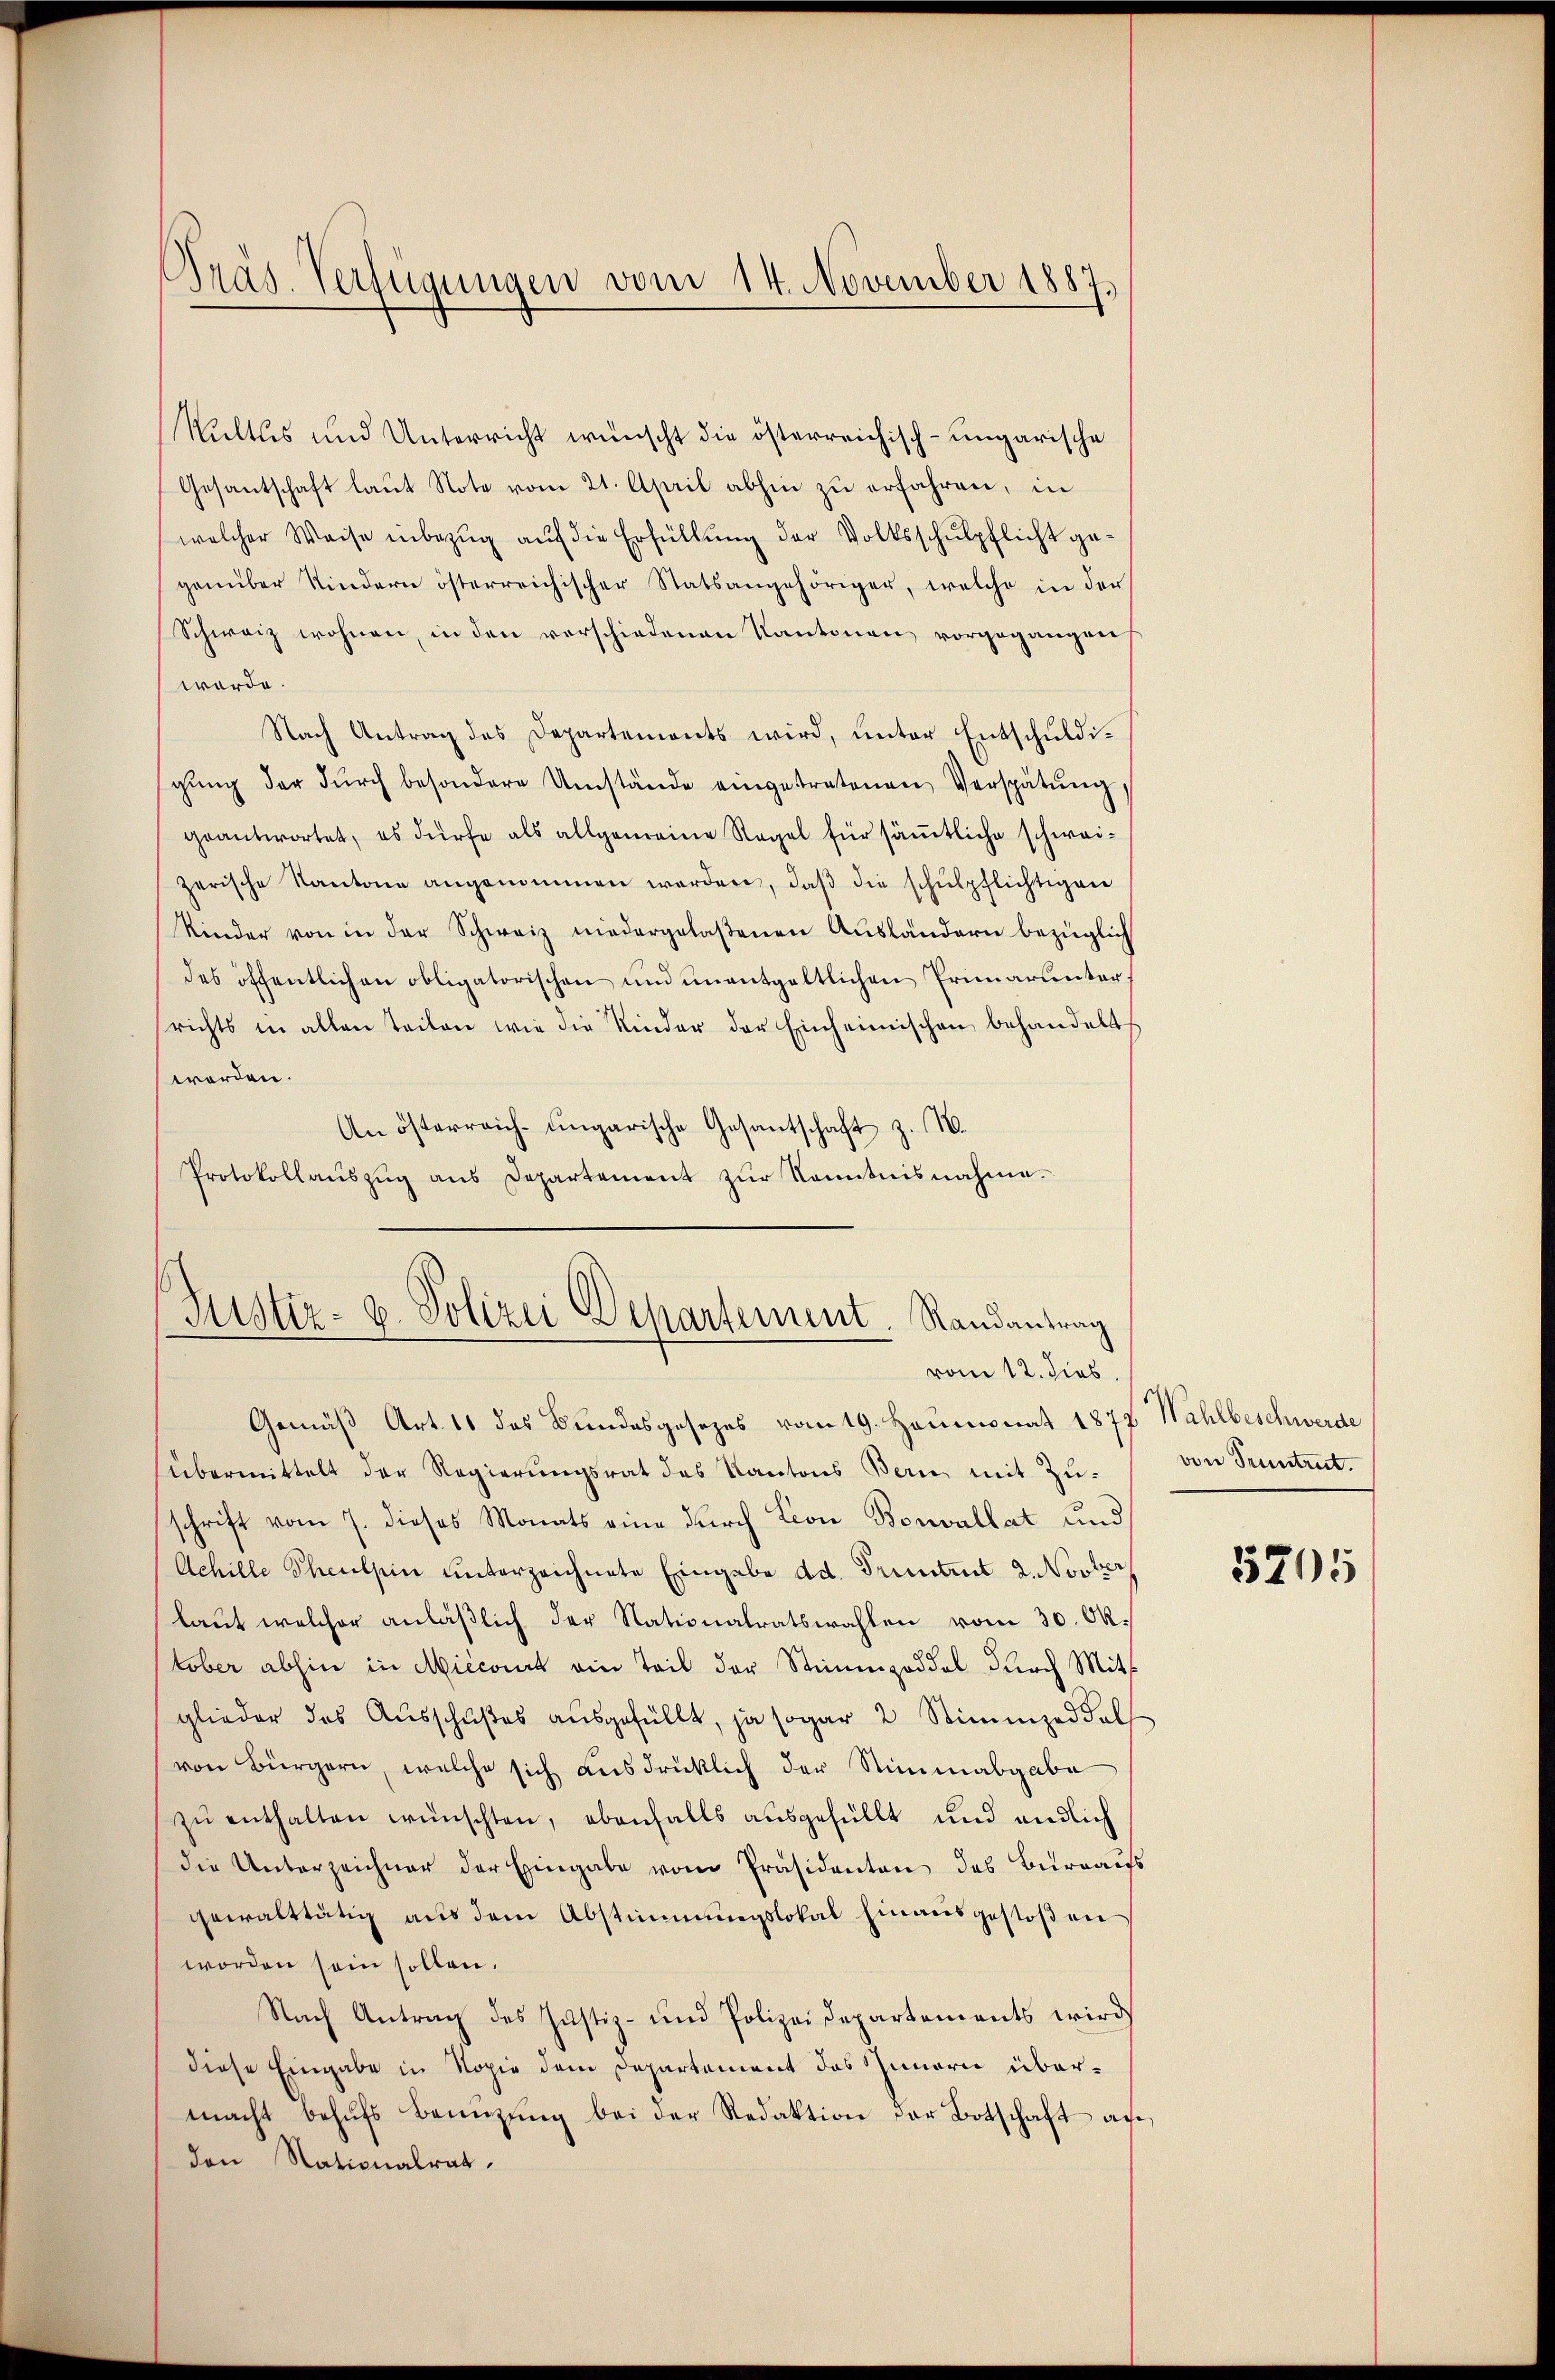
Gras. Verfügungen vom 14. November 1887,

Kultus und Unterricht wünscht die österreichisch-ungarische
Gesantschaft laut Note vom 21. April abhin zu erfahren, in
welcher Weise inbezug auf die Erfüllung der Volksschulpflicht gegenüber Kindern österreichischer Statsangehöriger, welche in der
Schweiz wohnen, in den verschiedenen Kantonen vorgegangen
werde.
Nach Antrag des Departements wird, unter Entschuldigŭng der dŭrch besondere Umstände eingetretenen Verspätŭng,
geantwortet, es dürfe als allgemeine Regel für sämtliche schweizerische Kantone angenommen werden, daβ die schŭlpflichtigen
Kinder von in der Schweiz niedergelaßenen Aŭsländern bezüglich
des öffentlichen obligatorischen und unentgeltlichen Primarunter
richts in allen Teilen wie die Kinder der Einheimischen behandelt,
worden.
An österreich-ungarische Gesantschaft z. B.
Protokollaŭszŭg ans Departement zŭr Kenntnisnahme.

Justiz- u. Polizei Departement. Randantrag
vom 12. dies

Gemäß Art. 11 das Bundesgesezes vom 19. Heumonat 1877 Wahlbeschwerde
übermittelt der Regierŭngsrat des Kantons Bern mit Zu-
schrift vom 7. dieses Monats eine durch Lion Bonvallat und
Achille Scheulpin unterzeichnete Eingabe ad. Trintuit 2. Novbr
laut welcher anläßlich der Nationalratswahlen vom 30. Oktober abhin in Miccourt ein Teil der Stimmzeddel durch Mitglieder das Ausschußes ausgefüllt, ja sogar 2 Stimmzeddel
von Bürgern, welche sich ausdrücklich der Stimmabgabe
zŭ enthalten wünschten, ebenfalls aŭsgefüllt und endlich
die Unterzeichner der Eingabe vom Präsidenten des Bureauss
gewalttätig aus dem Abstimmungslokal hinausgestoßen
worden sein sollen.
Nach Antrag des Justiz- und Polizei Departements wird
diese Eingabe in Kopie dem Departement des Innern übermacht behufs Benuzung bei der Redaktion der Botschaft an,
den Nationalrat.

von Pruntrut.

5705